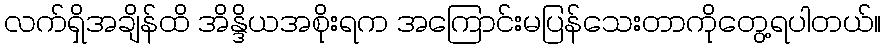
လက်ရှိအချိန်ထိ အိန္ဒိယအစိုးရက အကြောင်းမပြန်သေးတာကိုတွေ့ရပါတယ်။